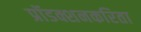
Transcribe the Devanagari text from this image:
प्रॉडक्शनकरिता